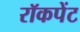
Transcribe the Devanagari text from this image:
रॉकपेंट